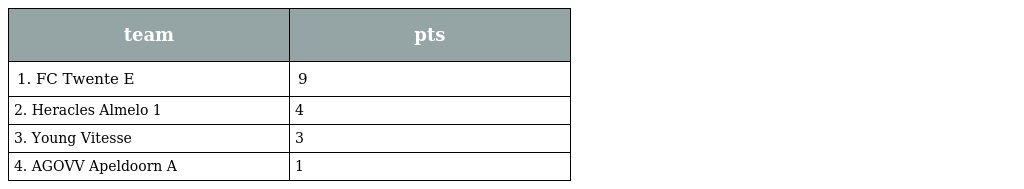
| team | pts |
 | --- | --- |
 | 1. FC Twente E | 9 |
 | 2. Heracles Almelo 1 | 4 |
 | 3. Young Vitesse | 3 |
 | 4. AGOVV Apeldoorn A | 1 |